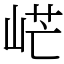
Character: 㟐